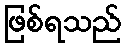
ဖြစ်ရသည်